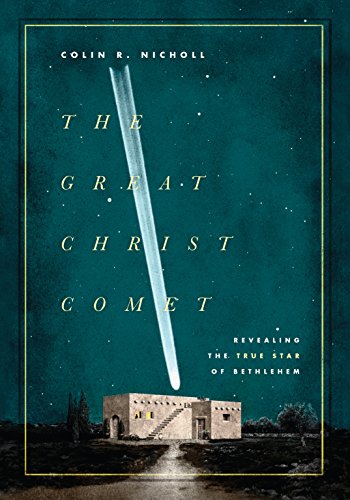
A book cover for The Great Christ Comet: Revealing the True Star of Bethlehem; Colin Nicholl; Science & Math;